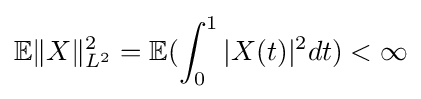
\mathbb {E} \|X\|_{L^{2}}^{2}=\mathbb {E} (\int _{0}^{1}|X(t)|^{2}dt)<\infty